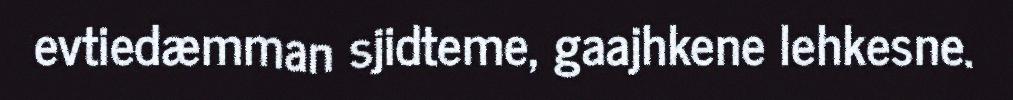
evtiedæmman sjidteme, gaajhkene lehkesne.